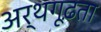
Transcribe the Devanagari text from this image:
अर्थगूढ़ता